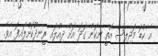
އެ ކުޑަ މަޖިލިސް އޮތީ ނިކަން ގަދަ އަށް ދިއްލައި ރީނދޫކޮށްލައިފަ އެވެ.